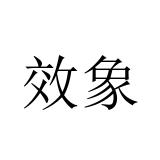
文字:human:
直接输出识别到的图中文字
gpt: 效象